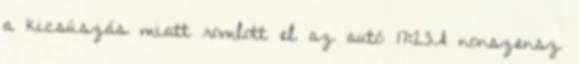
a kicsúszás miatt romlott el az autó 17:23A nonszensz